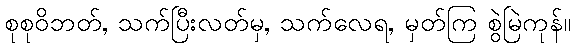
စုစုဝိဘတ်, သက်ပြီးလတ်မှ, သက်လေရ, မှတ်ကြ စွဲမြဲကုန်။